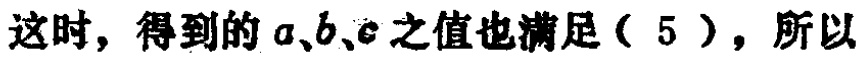
这时，得到的\(a、b、c\)之值也满足（5），所以